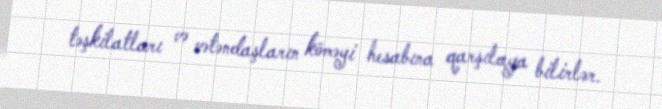
təşkilatları və vətəndaşların köməyi hesabına qarşılaya bilirlər.